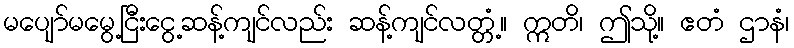
မပျော်မမွေ့ငြီးငွေ့ဆန့်ကျင်လည်း ဆန့်ကျင်လတ္တံ့။ ဣတိ၊ ဤသို့။ ဧတံ ဌာနံ၊